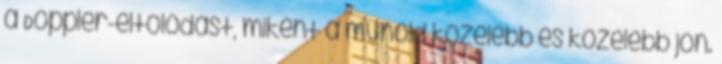
a Doppler-eltolódást, miként a műhold közelebb és közelebb jön.